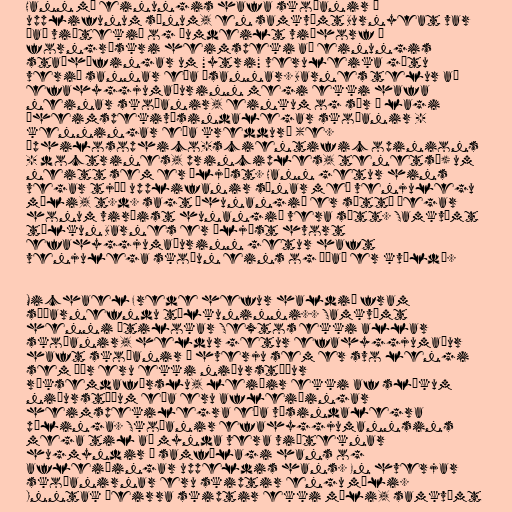
Hann má einungis hafa skoðanir á
upplifunum sínum, en samkvæmt Burnyeat var
það viðtekið og óumdeilt viðhorf í
forngrískri heimspeki að einungis
staðhæfingar um "ytri" veruleika gætu
verið sannar eða ósannar. Barnes telur að
efahyggjumaðurinn megi ekki hafa
neinar skoðanir, einkum og sér í lagi
„heimspekivísindalegar skoðanir -
kenningar eða kreddur“ (e.
„philosophico-scientific opinions
- doctrines, principles, tenets“) um
neitt sem er óljóst. Hann getur hins
vegar tjáð upplifanir sínar með venjulegu
máli, t.d. sagt „hunangið er sætt“ þegar
honum virðist hunangið vera sætt. Samkvæmt
túlkun Barnes er óljóst hvort
efahyggjumaðurinn getur haft
venjulega skoðun eins og „það er kvöld“.

Michael Frede hefur haldið fram
síðarnefndu túlkuninni.. Samkvæmt
henni útilokar Sextos ekki allar
skoðanir, heldur getur efahyggjumaður
haft skoðanir á hverju sem er svo lengi
sem þær eru ekki niðurstöður
röksemdafærslu, leiðir ekki af slíkum
niðurstöðum eða eru afleiðingar
heimspekilegra eða vísindalegra
pælinga. Skoðanir efahyggjumannsins
mega til að mynda vera viðteknar
hugmyndir í samfélagi hans og
afleiðingar uppeldis hans. En hverjar
skoðanirnar eru skiptir engu máli.
Inntak þeirra skiptir ekki máli, samkvæmt